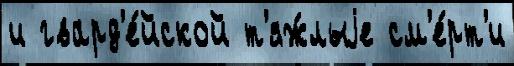
и гвард'е́йской т'яж́лыjе см'е́рт'и